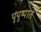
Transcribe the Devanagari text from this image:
पुंपुष्पात